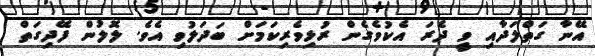
އޭނާ ގަތްލަދާއި ވީ ދެރަ އެކުވެގެން ރުޅިވެރިކަމަށް ބަދަލުވި އެވެ. ލޮލުން ފޭދިގަތް